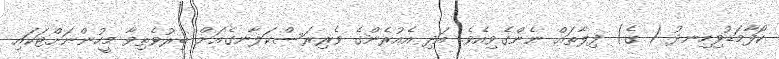
ކޯފާމަޑުވިހިނދު ( ގެ) ފިލާތައް ނެންގެވިއެވެ. އަދި އެއުރެންގެ ވެރިރަސްކަލާނގެއަށް ބިރުވެތިވާ މީހުންނަށްޓަކައި